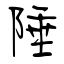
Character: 陲